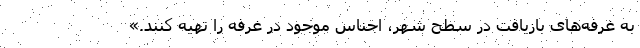
به غرفه‌های بازیافت در سطح شهر، اجناس موجود در غرفه را تهیه کنند.»